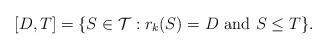
LaTeX: \begin{align*}[D,T]=\{S\in \mathcal{T}:r_k(S)=D\mathrm{\ and\ } S\le T\}.\end{align*}